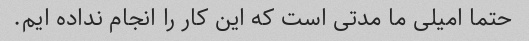
حتما امیلی ما مدتی است که این کار را انجام نداده ایم.